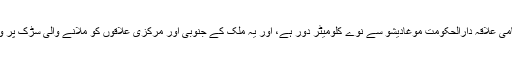
جوہر نامی علاقہ دارالحکومت موغادیشو سے نوے کلومیٹر دور ہے، اور یہ ملک کے جنوبی اور مرکزی علاقوں کو ملانے والی سڑک پر واقع ہے۔